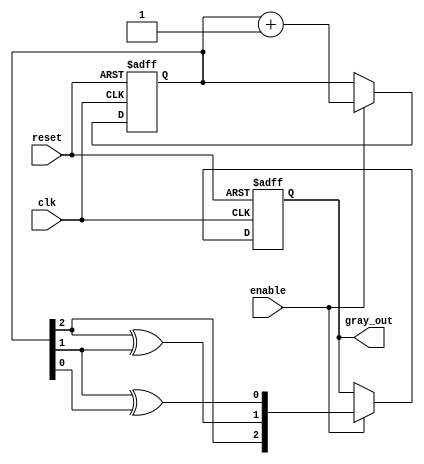
module gray_code_counter (
    input wire clk,            // Clock input
    input wire reset,          // Asynchronous reset input
    input wire enable,         // Enable input for counting
    output reg [2:0] gray_out  // Output: Current Gray Code value
);

reg [2:0] binary_count; // Register to hold the binary count value

// Function to convert binary count to Gray Code
function [2:0] binary_to_gray;
    input [2:0] bin;
    begin
        binary_to_gray = {bin[2], bin[2] ^ bin[1], bin[1] ^ bin[0]};
    end
endfunction

// Always block to handle counting logic
always @(posedge clk or posedge reset) begin
    if (reset) begin
        // Asynchronously reset the binary count and output to 000
        binary_count <= 3'b000;
        gray_out <= binary_to_gray(3'b000); // Initialize Gray Code output
    end else if (enable) begin
        // Increment the binary count
        binary_count <= binary_count + 1;
        // Convert the updated binary count to Gray Code and output
        gray_out <= binary_to_gray(binary_count);
    end
end

endmodule